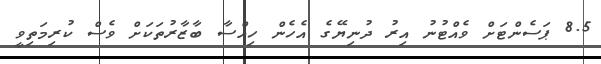
8.5 ޕަސެންޓަށް ވެއްޓުނު އިރު ދުނިޔޭގެ އެހެން ހިއްސާ ބާޒާރުތަކަށް ވެސް ކުރިމަތިވީ